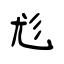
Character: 尨